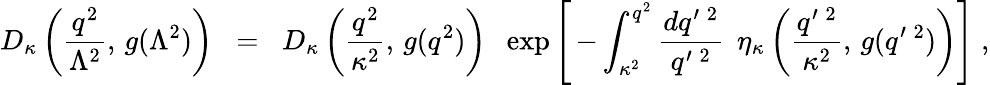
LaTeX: D_{\kappa}\left(\frac{q^{2}}{\Lambda^{2}},\, g(\Lambda^{2})\right)\; \; =\; \; D_{\kappa}\left(\frac{q^{2}}{\kappa^{2}},\, g(q^{2})\right)\; \; \exp\left[\, -\int_{\kappa^{2}}^{q^{2}}\frac{dq^{\prime\; 2}}{q^{\prime\; 2}}\; \, \eta_{\kappa}\left(\frac{q^{\prime\; 2}}{\kappa^{2}},\, g(q^{\prime\; 2})\right)\right]\; ,